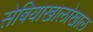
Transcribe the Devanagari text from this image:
सेबियाखालोखाल